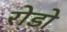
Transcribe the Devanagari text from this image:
रोडो